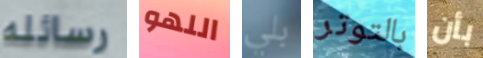
رسائله اللهو بلي بالتوتر بأن